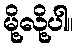
မို့လို့ပါ။